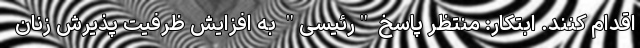
اقدام کنند. ابتکار: منتظر پاسخ "رئیسی" به افزایش ظرفیت پذیرش زنان